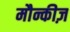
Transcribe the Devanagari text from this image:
मौन्कीज़